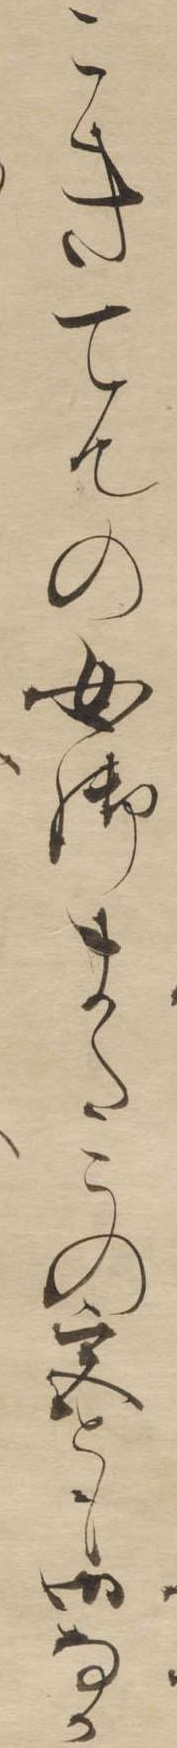
こきてんの女御またこの宮とも御なか